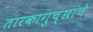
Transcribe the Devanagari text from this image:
तारकागुच्छांचे